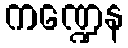
ကဏ္ဍေန